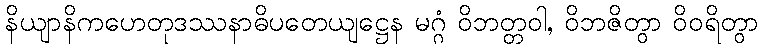
နိယျာနိကဟေတုဒဿနာဓိပတေယျဋ္ဌေန မဂ္ဂံ ဝိဘတ္တဝါ, ဝိဘဇိတွာ ဝိဝရိတွာ